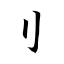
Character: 刂